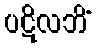
ပဋိလဘိံ